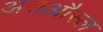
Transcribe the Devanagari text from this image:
अराऔस्ल